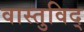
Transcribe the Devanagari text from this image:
वास्‍तुविद्